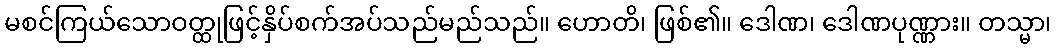
မစင်ကြယ်သောဝတ္ထုဖြင့်နှိပ်စက်အပ်သည်မည်သည်။ ဟောတိ၊ ဖြစ်၏။ ဒေါဏ၊ ဒေါဏပုဏ္ဏား။ တသ္မာ၊